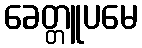
ခေတ္တူပမေ